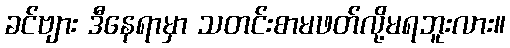
ခင်ဗျား ဒီနေရာမှာ သတင်းစာမဖတ်လို့မရဘူးလား။